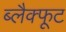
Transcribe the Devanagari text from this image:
ब्लैक्फूट